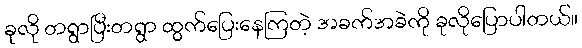
ခုလို တရွာပြီးတရွာ ထွက်ပြေးနေကြတဲ့ အခက်အခဲကို ခုလိုပြောပါတယ်။